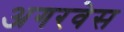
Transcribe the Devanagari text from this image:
अगरवेस